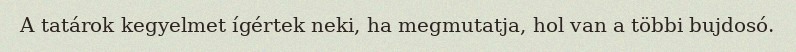
A tatárok kegyelmet ígértek neki, ha megmutatja, hol van a többi bujdosó.